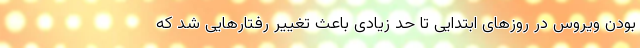
بودن ویروس در روزهای ابتدایی تا حد زیادی باعث تغییر رفتارهایی شد که